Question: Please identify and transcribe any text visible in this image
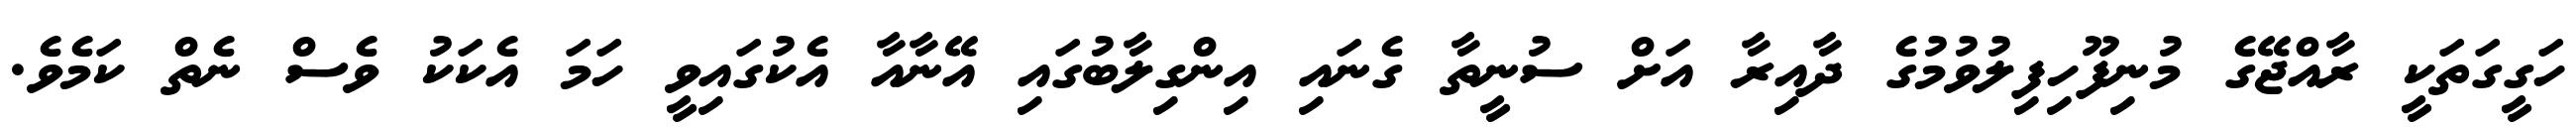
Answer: ހަގީގަތަކީ ރާއްޖޭގެ މުނިފޫހިފިލުވުމުގެ ދާއިރާ އަށް ސުނީތާ ގެނައި އިންގިލާބުގައި އޭނާއާ އެކުގައިވީ ހަމަ އެކަކު ވެސް ނެތް ކަމެވެ.